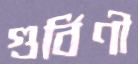
গুর্বিণী